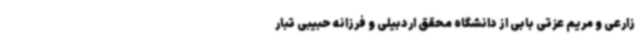
زارعی و مریم عزتی بابی از دانشگاه محقق اردبیلی و فرزانه حبیبی‌ تبار